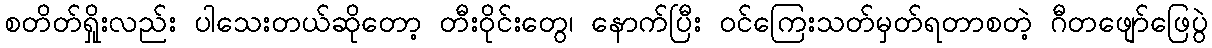
စတိတ်ရှိုးလည်း ပါသေးတယ်ဆိုတော့ တီးဝိုင်းတွေ၊ နောက်ပြီး ဝင်ကြေးသတ်မှတ်ရတာစတဲ့ ဂီတဖျော်ဖြေပွဲ